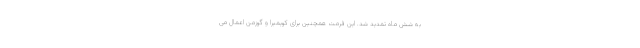
به شش ماه تمدید شد. این فرمت همچنین برای کویمبرا و گوزمن اعمال می